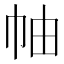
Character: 𢂎